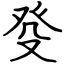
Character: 癹